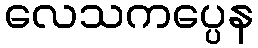
လေသကပ္ပေန